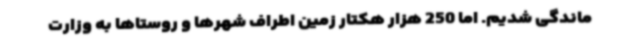
ماندگی شدیم. اما 250 هزار هکتار زمین اطراف شهرها و روستاها به وزارت